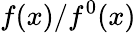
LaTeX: f(x)/f^{0}(x)